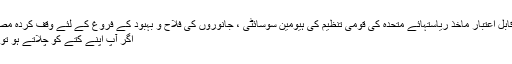
[19] ایکس قابل اعتبار ماخذ ریاستہائے متحدہ کی قومی تنظیم کی ہیومین سوسائٹی ، جانوروں کی فلاح و بہبود کے فروغ کے لئے وقف کردہ مصدر پر جائیں
اگر آپ اپنے کتے کو چلاتے ہو تو کیا ہوتا ہے۔